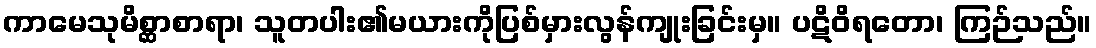
ကာမေသုမိစ္ဆာစာရာ၊ သူတပါး၏မယားကိုပြစ်မှားလွန်ကျုးခြင်းမှ။ ပဋိဝိရတော၊ ကြဉ်သည်။